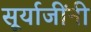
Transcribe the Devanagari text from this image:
सूर्याजींनी